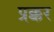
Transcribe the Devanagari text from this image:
प्रक्कर